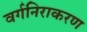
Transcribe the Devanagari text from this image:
वर्गनिराकरण